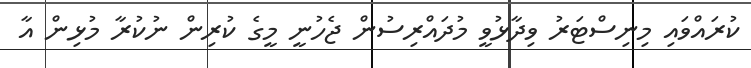
ކުރައްވައި މިނިސްޓަރު ވިދާޅުވީ މުދައްރިސުން ޖެހުނީ މީގެ ކުރިން ނުކުރާ މުޅިން އާ